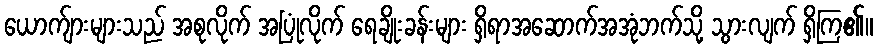
ယောက်ျားများသည် အစုလိုက် အပြုံလိုက် ရေချိုးခန်းများ ရှိရာအဆောက်အအုံဘက်သို့ သွားလျက် ရှိကြ၏။